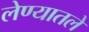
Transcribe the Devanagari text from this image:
लेण्यातले